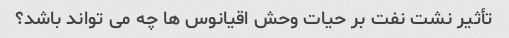
تأثیر نشت نفت بر حیات وحش اقیانوس ها چه می تواند باشد؟